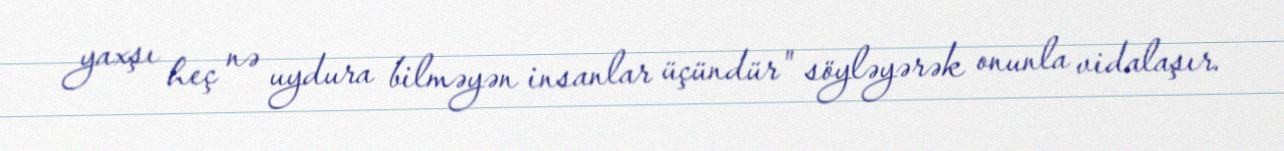
yaxşı heç nə uydura bilməyən insanlar üçündür" söyləyərək onunla vidalaşır.